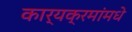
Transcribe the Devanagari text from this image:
कार्यक्रमांमधे